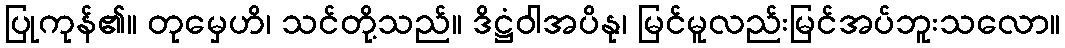
ပြုကုန်၏။ တုမှေဟိ၊ သင်တို့သည်။ ဒိဋ္ဌံဝါအပိနု၊ မြင်မူလည်းမြင်အပ်ဘူးသလော။